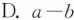
D.$$a-b$$